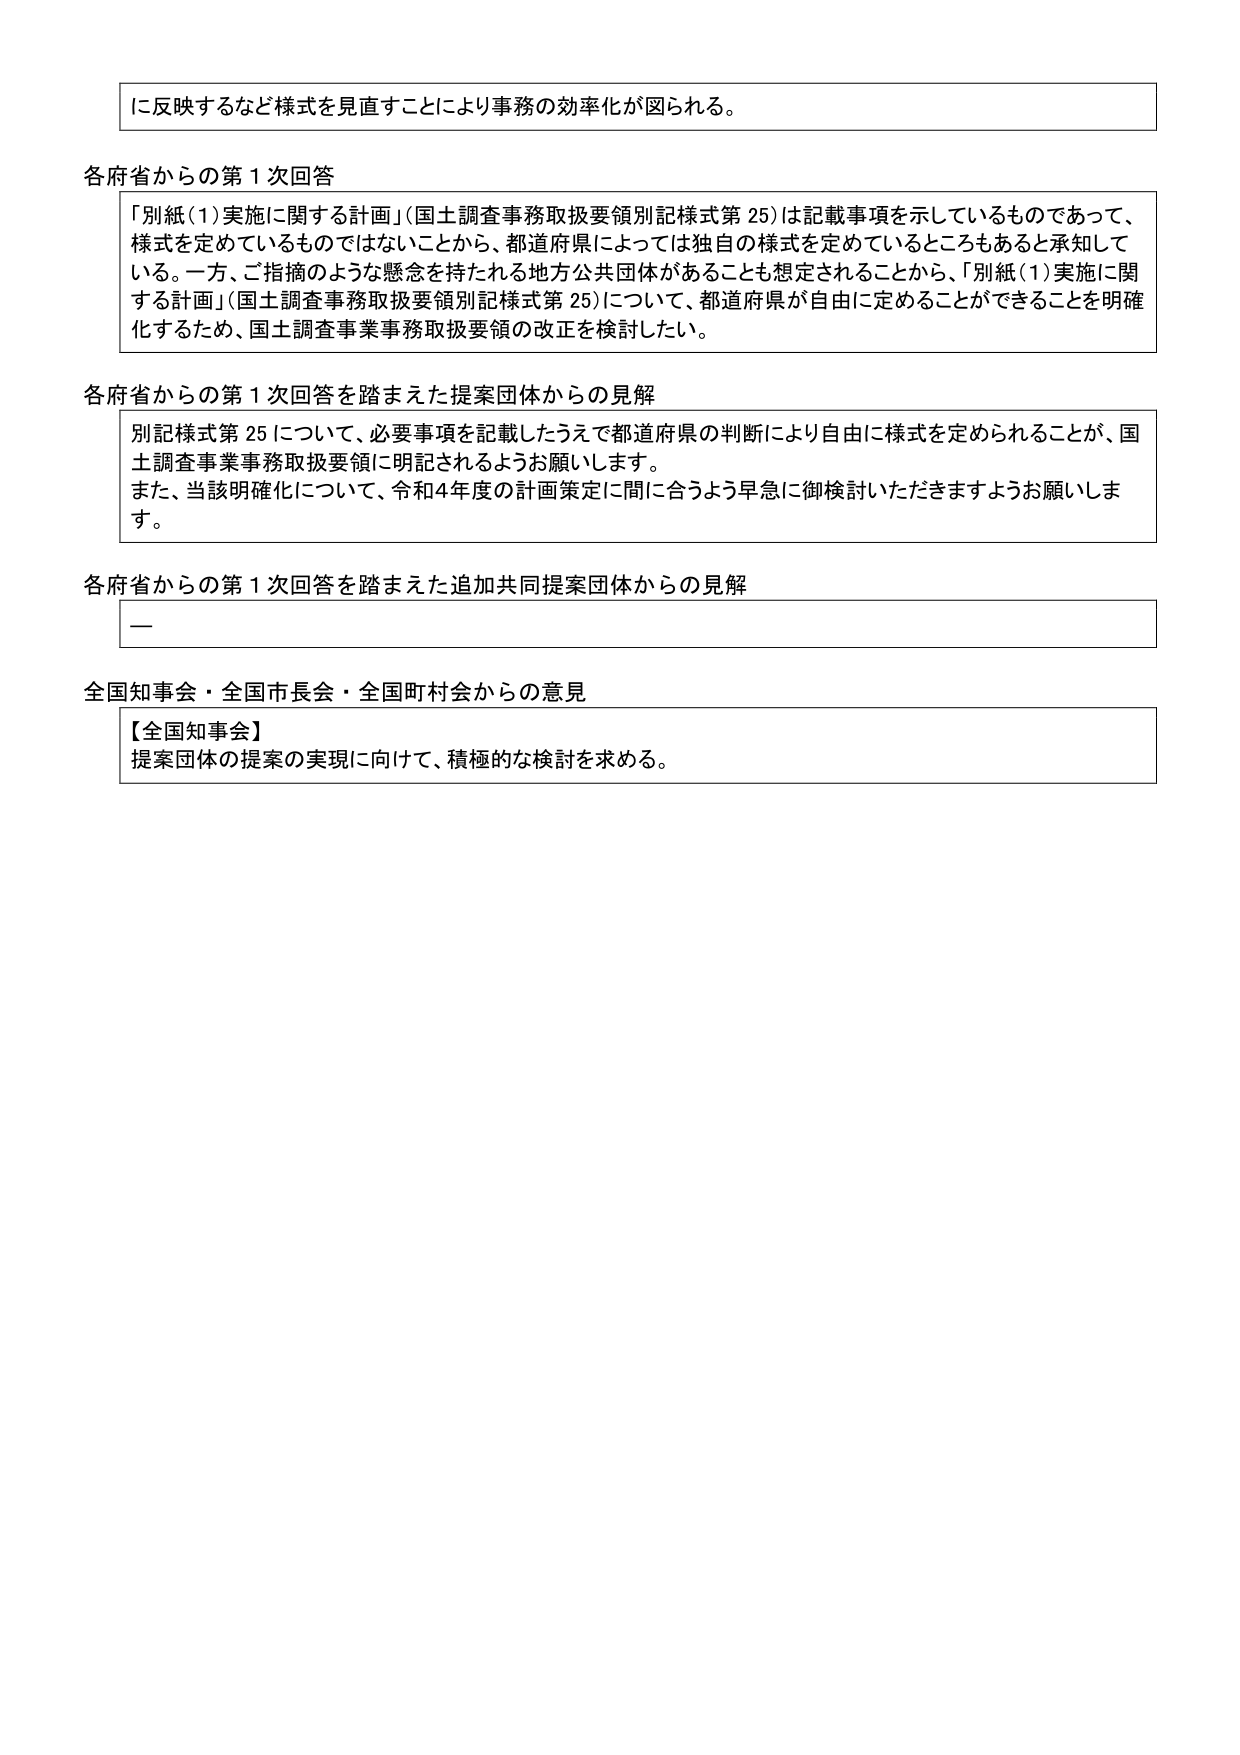
に反映するなど様式を見直すことにより事務の効率化が図られる。

各府省からの第１次回答
「別紙（1）実施に関する計画」（国土調査事務取扱要領別記様式第25）は記載事項を示しているものであって、
様式を定めているものではないことから、都道府県によっては独自の様式を定めているところもあると承知して
いる。一方、ご指摘のような懸念を持たれる地方公共団体があることも想定されることから、「別紙（1）実施に関
する計画」（国土調査事務取扱要領別記様式第25）について、都道府県が自由に定めることができることを明確
化するため、国土調査事業事務取扱要領の改正を検討したい。

各府省からの第１次回答を踏まえた提案団体からの見解
別記様式第25について、必要事項を記載したうえで都道府県の判断により自由に様式を定められることが、国
土調査事業事務取扱要領に明記されるようお願いします。
また、当該明確化について、令和4年度の計画策定に間に合うよう早急に御検討いただきますようお願いしま
す。

各府省からの第１次回答を踏まえた追加共同提案団体からの見解
—

全国知事会・全国市長会・全国町村会からの意見
【全国知事会】
提案団体の提案の実現に向けて、積極的な検討を求める。